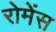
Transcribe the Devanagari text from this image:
रोमेंस